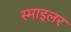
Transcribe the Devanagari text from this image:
स्माइलर